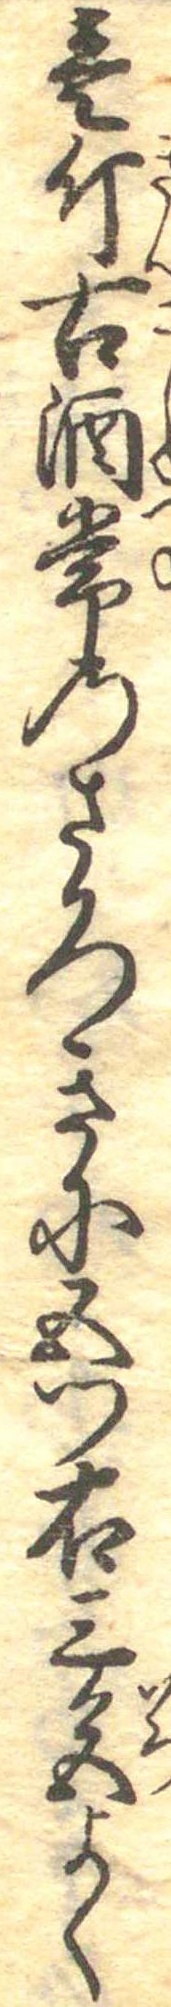
壱斤古酒常のさかつきに五つ右三色よく